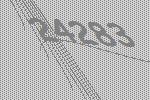
24283